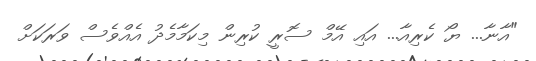
"އާނާ... ޔޯ ކެރިއާ... އައި އޭމް ސޮރީ ކުރިން މިކަމާމެދު އެއްވެސް ވަރަކަށް